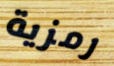
رمزية